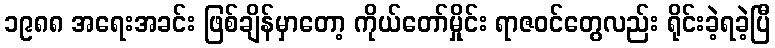
၁၉၈၈ အရေးအခင်း ဖြစ်ချိန်မှာတော့ ကိုယ်တော်မှိုင်း ရာဇဝင်တွေလည်း ရိုင်းခဲ့ရခဲ့ပြီ